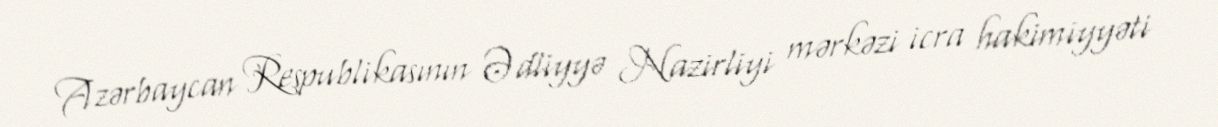
Azərbaycan Respublikasının Ədliyyə Nazirliyi mərkəzi icra hakimiyyəti